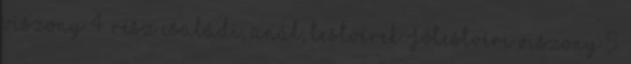
viszony 4. rész családi, anál, testvérek Jótestvéri viszony 5.